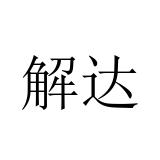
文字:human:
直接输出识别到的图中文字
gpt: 解达